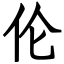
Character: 伦